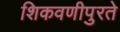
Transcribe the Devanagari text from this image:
शिकवणीपुरते